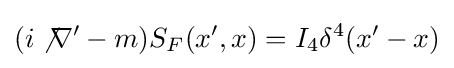
(i\not \nabla '-m)S_{F}(x',x)=I_{4}\delta ^{4}(x'-x)